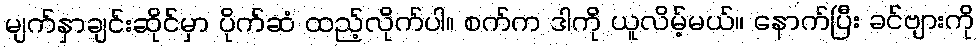
မျက်နှာချင်းဆိုင်မှာ ပိုက်ဆံ ထည့်လိုက်ပါ။ စက်က ဒါကို ယူလိမ့်မယ်။ နောက်ပြီး ခင်ဗျားကို